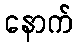
နောက်